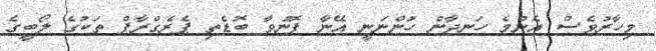
މިހާރުވެސް އެންމެ ހަނދާން ހުންނަނީ އޭނާ ފޮނުވާ ބޮޑެތި ޕެރެގްރާފް ތަކުގެ ލޯބީގެ